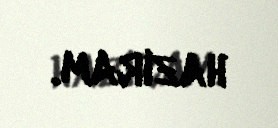
hazıram.